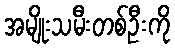
အမျိုးသမီးတစ်ဦးကို